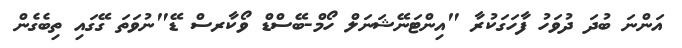
އަންނަ ބުދަ ދުވަހު ފާހަގަކުރާ "އިންޓަނޭޝަނަލް ހޯމް-ބޭސްޑް ވޯކާރސް ޑޭ"ނުވަތަ ގޭގައި ތިބެގެން